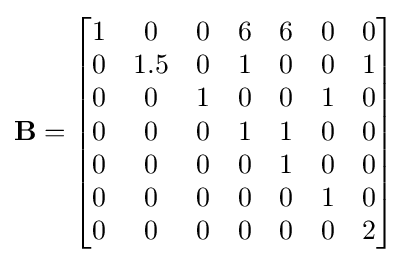
\mathbf {B} ={\begin{bmatrix}1&0&0&6&6&0&0\\0&1.5&0&1&0&0&1\\0&0&1&0&0&1&0\\0&0&0&1&1&0&0\\0&0&0&0&1&0&0\\0&0&0&0&0&1&0\\0&0&0&0&0&0&2\end{bmatrix}}